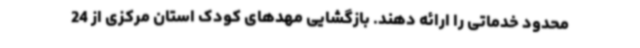
محدود خدماتی را ارائه دهند. بازگشایی مهدهای کودک استان مرکزی از 24